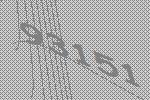
93151